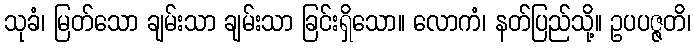
သုခံ၊ မြတ်သော ချမ်းသာ ချမ်းသာ ခြင်းရှိသော။ လောကံ၊ နတ်ပြည်သို့။ ဥပပဇ္ဇတိ၊